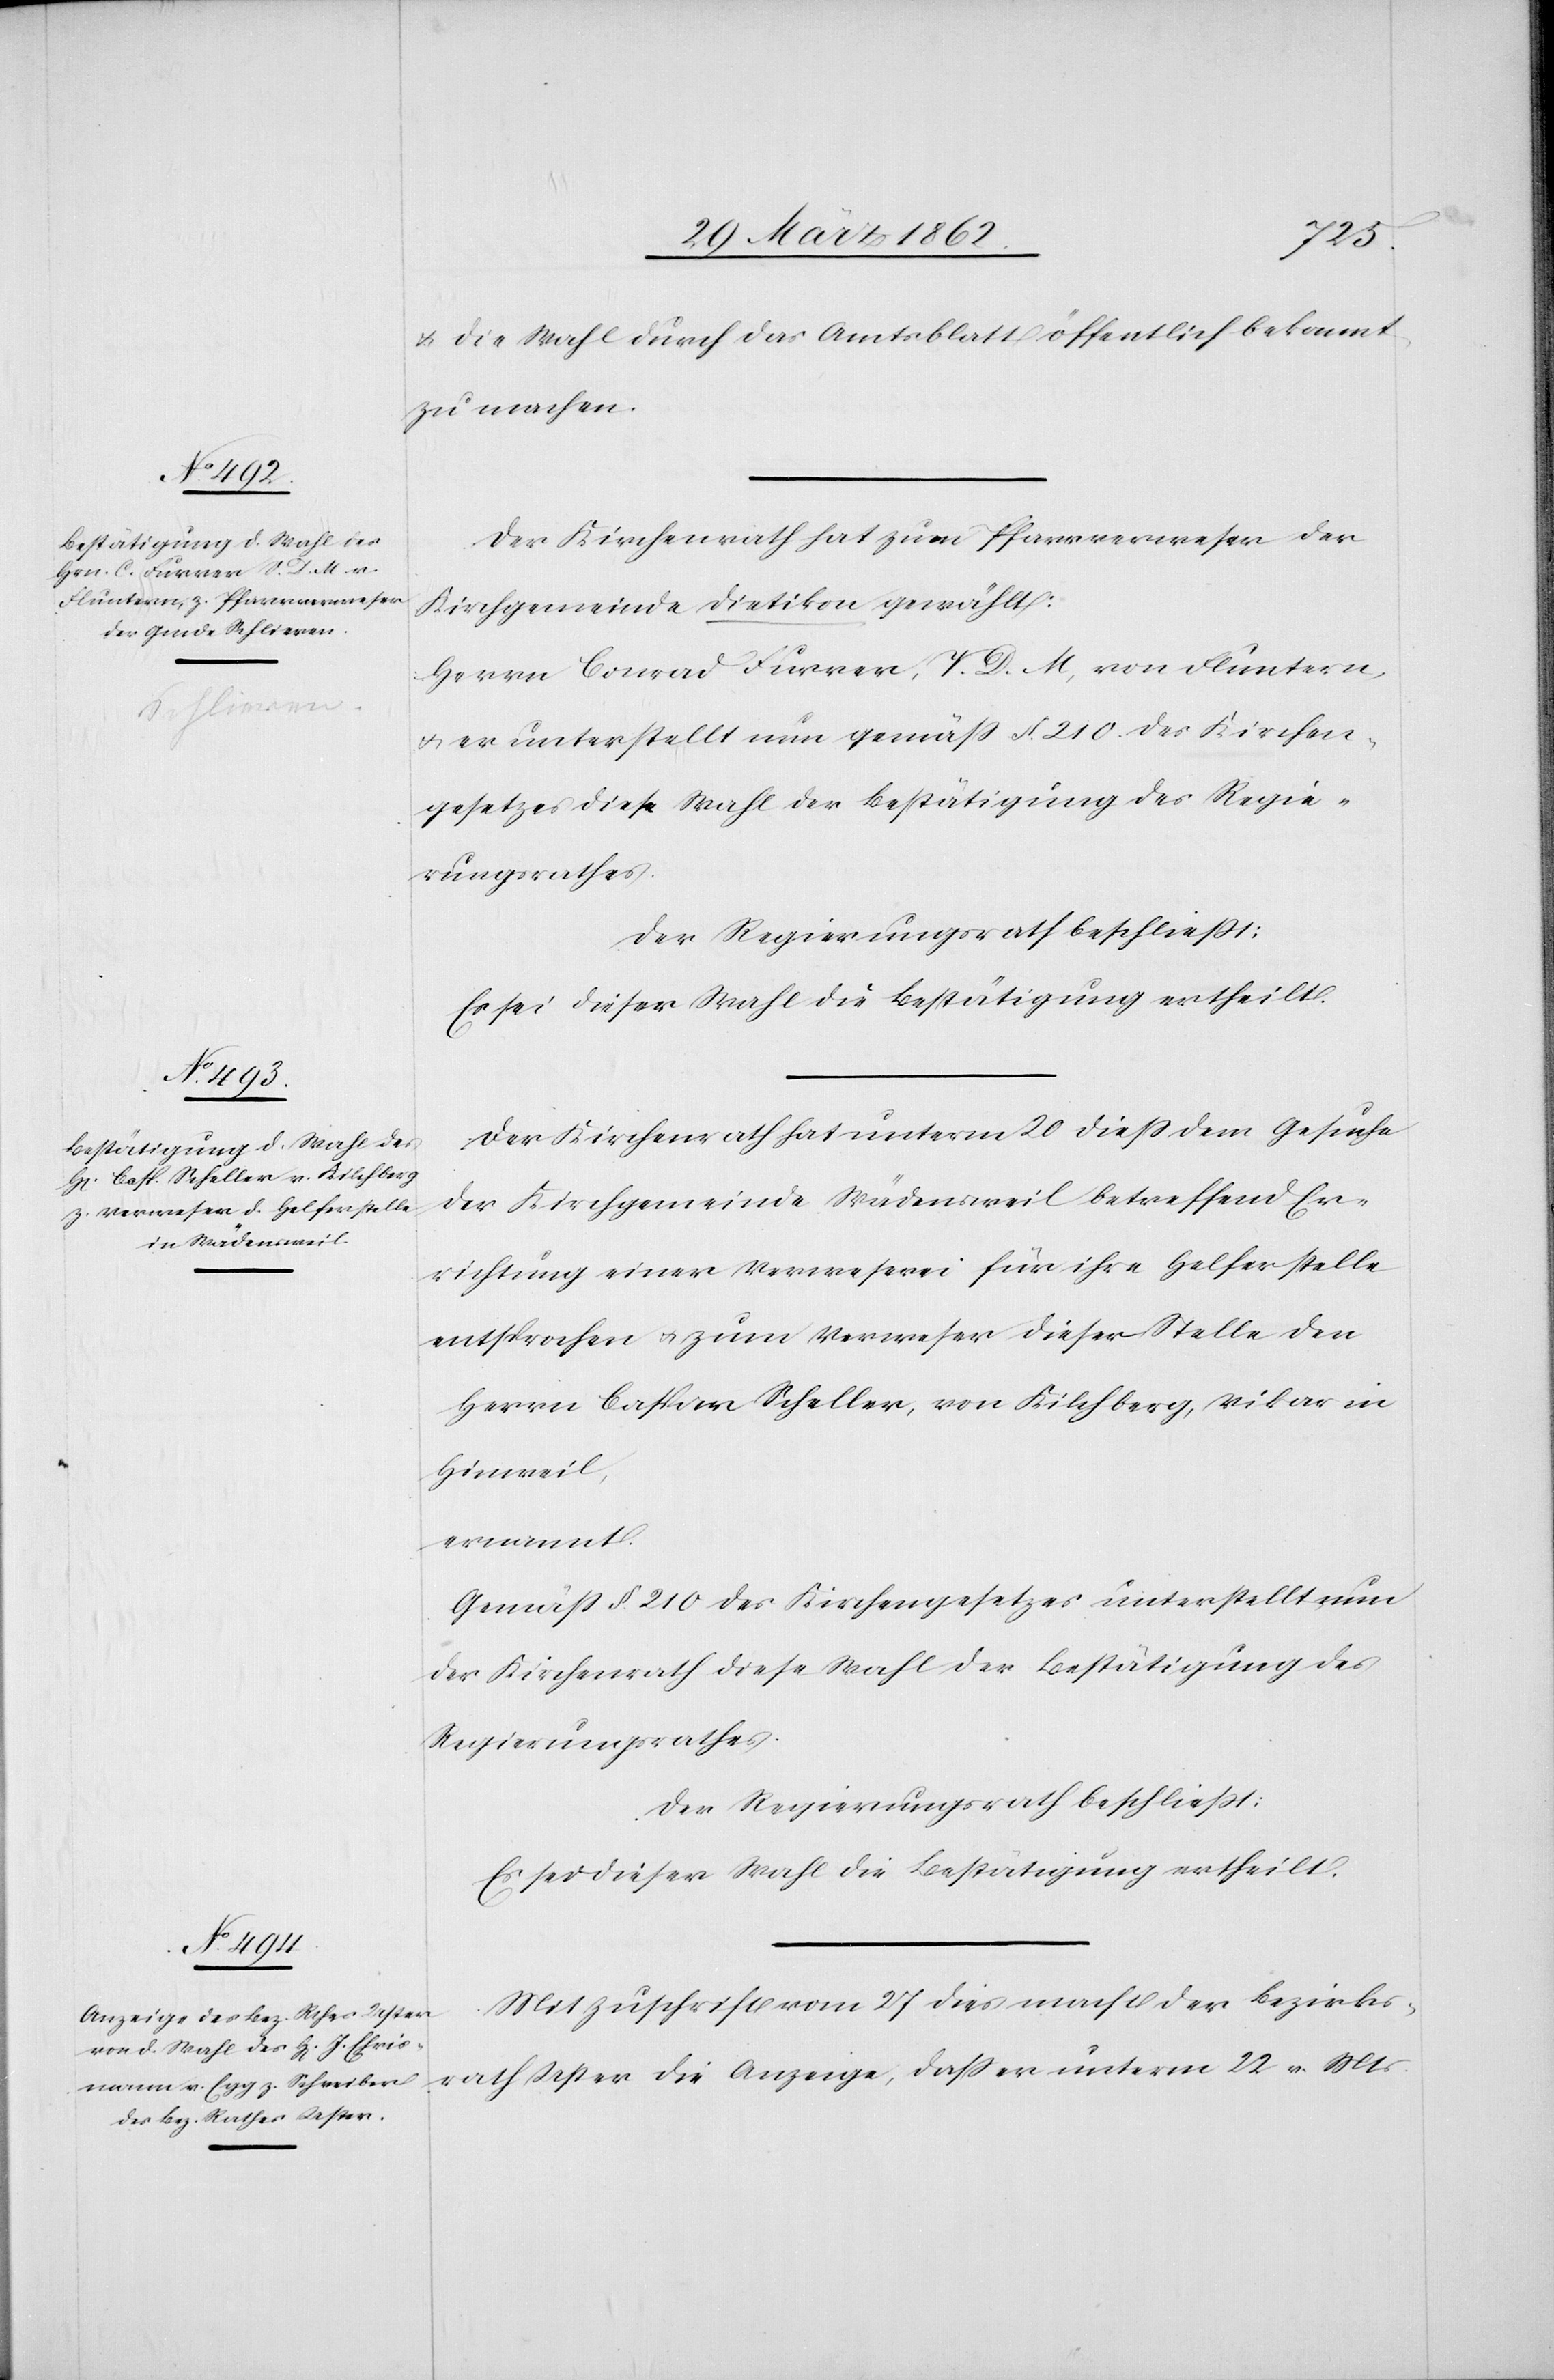
& die Wahl durch das Amtsblatt öffentlich bekannt
zu machen.
Der Kirchenrath hat zum Pfarrverweser der
Kirchgemeinde Dietikon [sic!] gewählt:
Herrn Conrad Furrer, V. D. M, von Fluntern,
u. er unterstellt nun gemäß §. 210 des Kirchen¬
gesetzes diese Wahl der Bestätigung des Regie¬
rungsrathes.
Der Regierungsrath beschließt:
Es sei dieser Wahl die Bestätigung ertheilt.
Der Kirchenrath hat unterm 20 dieß dem Gesuche
der Kirchgemeinde Wädensweil betreffend Er¬
richtung einer Verweserei für ihre Helferstelle
entsprochen u. zum Verweser dieser Stelle den
Herrn Caspar Scheller, von Kilchberg, Vikar in
Hinweil,
ernannt.
Gemäß §. 210 des Kirchengesetzes unterstellt nun
der Kirchenrath diese Wahl der Bestätigung des
Regierungsrathes.
Der Regierungsrath beschließt:
Es sei dieser Wahl die Bestätigung ertheilt.
Mit Zuschrift vom 27 dies macht der Bezirks¬
rath Uster die Anzeige, daß er unterm 22 v. Mts